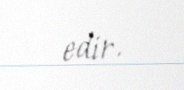
edir.